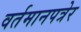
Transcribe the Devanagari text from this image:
वर्तमानपत्रेर